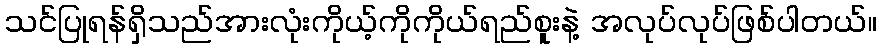
သင်ပြုရန်ရှိသည်အားလုံးကိုယ့်ကိုကိုယ်ရည်စူးနဲ့ အလုပ်လုပ်ဖြစ်ပါတယ်။